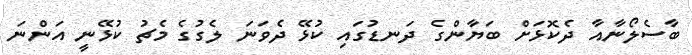
ބާސެލޯނާއާ ދެކޮޅަށް ބަޔާންގެ ދަނޑުގައި ކުޅޭ ދެވަނަ ލެގުގެ މެޗު ކުޅޭނީ އަންނަ